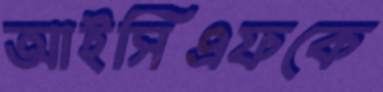
আইসিএফকে